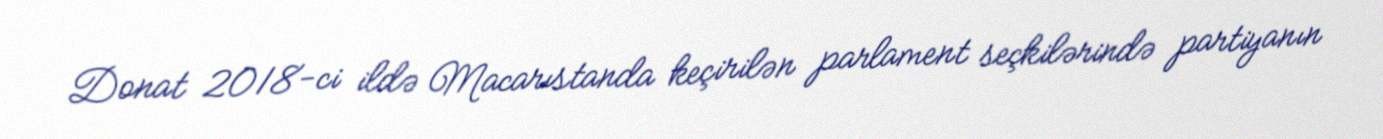
Donat 2018-ci ildə Macarıstanda keçirilən parlament seçkilərində partiyanın